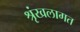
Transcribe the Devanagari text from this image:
श्रृंखलागत